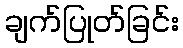
ချက်ပြုတ်ခြင်း